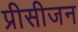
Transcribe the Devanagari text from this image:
प्रीसीजन